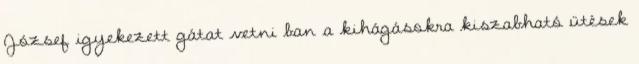
József igyekezett gátat vetni ban a kihágásokra kiszabható ütések